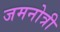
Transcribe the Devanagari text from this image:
जमनोत्री